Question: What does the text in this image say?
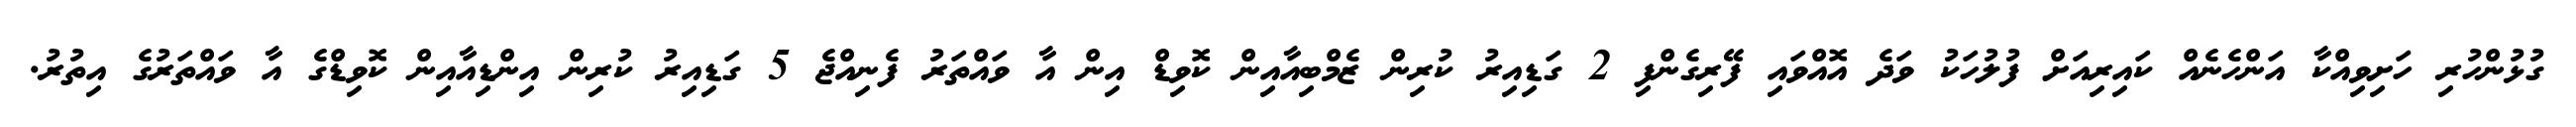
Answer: ގުޅުންހުރި ހަށިވިއްކާ އަންހެނެއް ކައިރިއަށް ފުލުހަކު ވަދެ އޮއްވައި ފޭރިގެންފި 2 ގަޑިއިރު ކުރިން ޒެމްބިއާއިން ކޮވިޑް އިން އާ ވައްތަރު ފެނިއްޖެ 5 ގަޑިއިރު ކުރިން އިންޑިއާއިން ކޮވިޑްގެ އާ ވައްތަރުގެ އިތުރު.